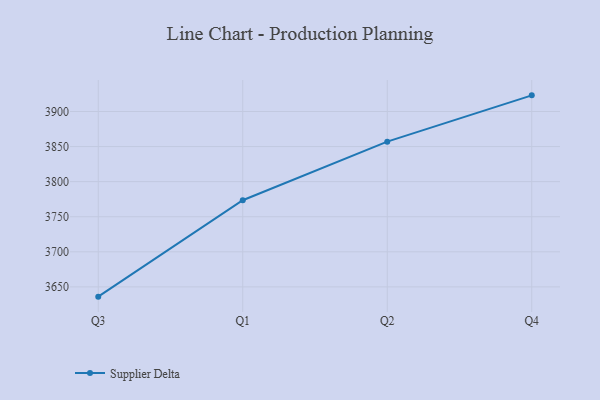
{"axis": {"x": "Quarter", "y": "Demand Index"}, "legend": ["Supplier Delta"], "data": [{"x": "Q3", "y": 3636.1, "type": "Supplier Delta"}, {"x": "Q1", "y": 3773.5, "type": "Supplier Delta"}, {"x": "Q2", "y": 3857.0, "type": "Supplier Delta"}, {"x": "Q4", "y": 3923.0, "type": "Supplier Delta"}]}